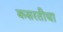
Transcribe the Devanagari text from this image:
कसरतीचा